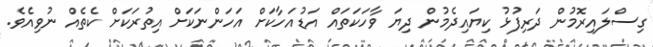
ގިސްލައިރޮމުން ދަރިފުޅު ކިޔައިދެމުން ދިޔަ ވާހަކަތައް އަޑުއަހާކަށް އަހަންނަކަށް އިތުރަކަށް ކެތެއް ނުވިއެވެ.